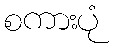
စကားပုံ